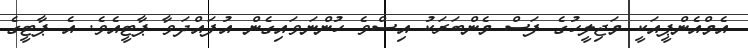
އެމްއެންޕީއަކީ މަޖިލީހުގެ ފަސް މެންބަރަކު އިސްވެ ހުންނަވައިގެން އުފައްދަވާ ޕާޓީއެވެ. އެ ޕާޓީގެ